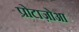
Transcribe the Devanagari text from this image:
प्रोटाज़ोआ